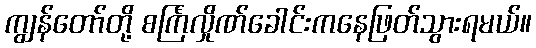
ကျွန်တော်တို့ စင်္ကြံလှိုဏ်ခေါင်းကနေဖြတ်သွားရမယ်။